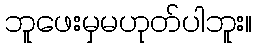
ဘူဖေးမှမဟုတ်ပါဘူး။